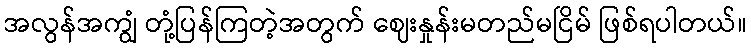
အလွန်အကျွံ တုံ့ပြန်ကြတဲ့အတွက် ဈေးနှုန်းမတည်မငြိမ် ဖြစ်ရပါတယ်။